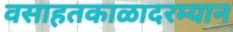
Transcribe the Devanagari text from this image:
वसाहतकाळादरम्यान